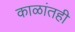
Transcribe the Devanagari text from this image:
काळांतही